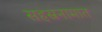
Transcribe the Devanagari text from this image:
सहस्रनामात